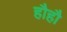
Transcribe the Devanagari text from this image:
हौहौ